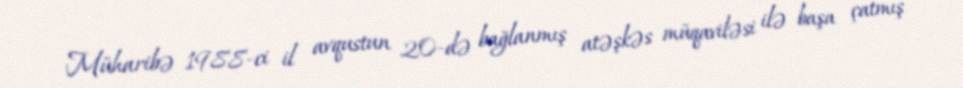
Müharibə 1988-ci il avqustun 20-də bağlanmış atəşkəs müqaviləsi ilə başa çatmış